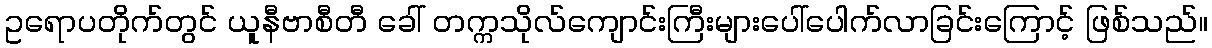
ဥရောပတိုက်တွင် ယူနီဗာစီတီ ခေါ် တက္ကသိုလ်ကျောင်းကြီးများပေါ်ပေါက်လာခြင်းကြောင့် ဖြစ်သည်။